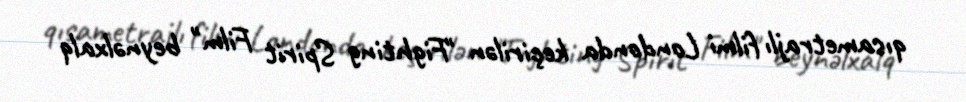
qısametrajlı filmi Londonda keçirilən "Fighting Spirit Film" beynəlxalq